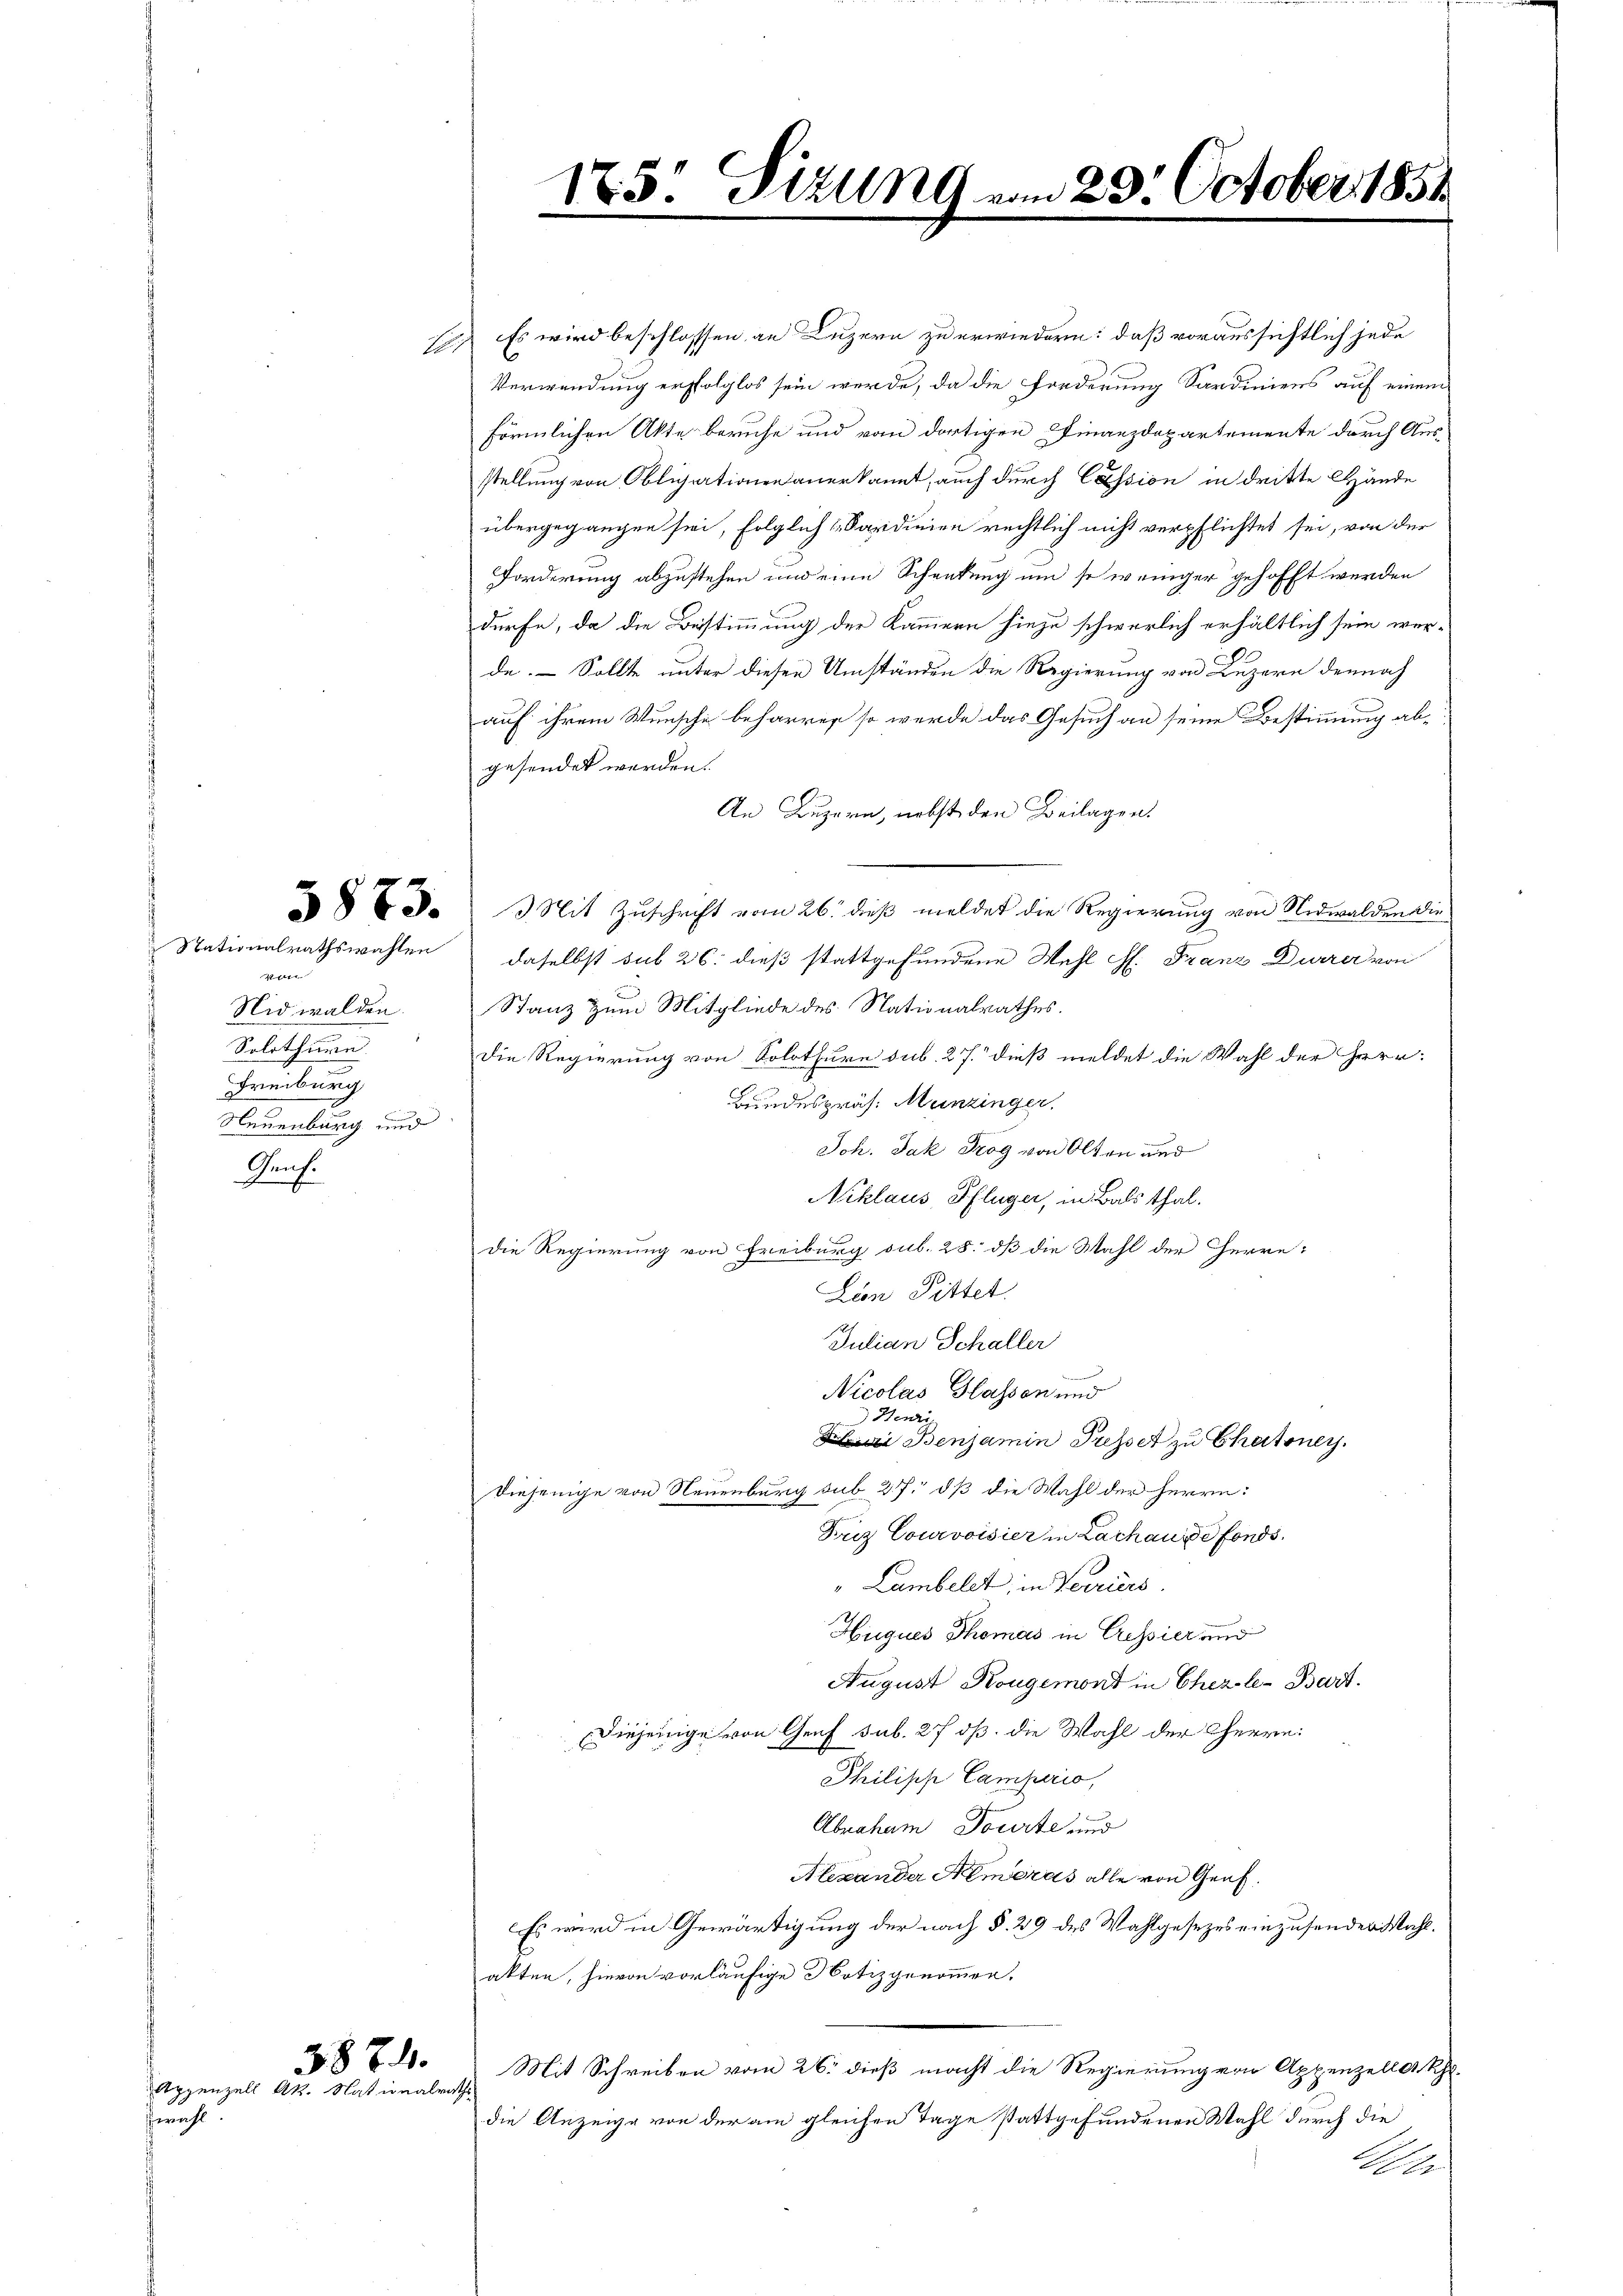
Nationalrathswahlen
V
Nidwalden.
Solothurn.
Freiburg
Neuenburg und
Münch.

Gericht

1. Es wird beschlossen an Luzern zu erwiedern: daß voraussichtlich jede
Verwendung erfolglos sein werde, da die Forderung Sardiniens auf einem
förmlichen Akte beruhe und vom dortigen Finanzdepartemente durch Aus-
stellung von Obligationen anerkannt, auch durch Cassion in dritte Hände
übergegangen sei, folglich Sardinien rechtlich nicht verpflichtet sei, von der
Forderung abzustehen und eine Schenkung um so weniger gehofft werden
dürfe, da die Bestimmung der Kammern hiezu schwerlich erhältlich sein werde. Sollte unter diesen Umständen die Regierung von Luzern dennoch
auf ihrem Wunsche beharren so werde das Gesuch an seine Bestimmung abgesendet werden.
An Luzern, nebst den Beilagen.
 3. Mit Zuschrift vom 26. dieß meldet die Regierung von Nidwalden die
daselbst sub 26. dieß stattgefundene Mehl f. Franz Durrer von
Stanz zum Mitgliede des Nationalrathes.
Die Regierung von Solothurn sub. 27. dieß meldet die Wahl der Herr
Bundespräs. Munzinger.
Joh. Jak Trog von Olten und
Niklaus, Pflüger, in Balsthal.
Die Regierung von Freiburg sub. 28. dß die Wahl der Herre:
Lion Pittet.
Julian Schaller
Nicolas Hassen und
 Henri
i Benjamin Presser zu Chatoney.
Diejenige von Neuenburg sub 27. dß die Wahl der Herrn:
Friz Courvoisier in Lachause fonds.
"Lumbelet, in Verriers.
Huques Thomas in Cressier und
August Kougemont in Chezle-Bart.
Diejenige von Genf sub. 27 oß. die Wahl der Cherrn:
Philisch Camperio,
Abraham Jourte und
Alexander Hemoras alle von Genf.
Es wird in Gewärtigung der nach §. 29 des Wahlgesezes einzusender Mahlakten, hievon vorläufige Notiz genommen.
Mit Schreiben vom 26. dieß macht die Regierung von Appenzell a. Rh.
die Anzeige von der am gleichen Tage stattgefundenen Wahl durch die
Salle

387.
Appenzell Ak. Nationalrathe

175: Tizung vom 29. October 1851.